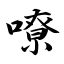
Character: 嘹